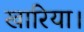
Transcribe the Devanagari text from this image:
खारिया।